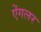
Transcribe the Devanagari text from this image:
ऐंगलर